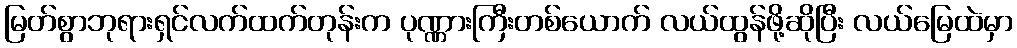
မြတ်စွာဘုရားရှင်လက်ထက်တုန်းက ပုဏ္ဏားကြီးတစ်ယောက် လယ်ထွန်ဖို့ဆိုပြီး လယ်မြေထဲမှာ